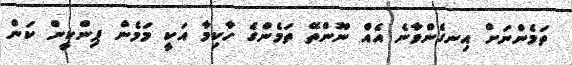
ތަމެންނަށް އިނގެންވާނެ އެއް ނޫންތޭ ތަމެންގެ ހާކިމާ އަކީ މަމެން ޕިންކީން ކަން